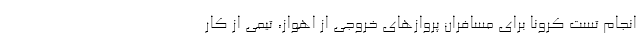
انجام تست کرونا برای مسافران پروازهای خروجی از اهواز، تیمی از کار